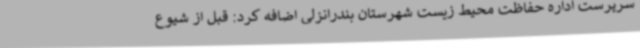
سرپرست اداره حفاظت محیط زیست شهرستان بندرانزلی اضافه کرد: قبل از شیوع